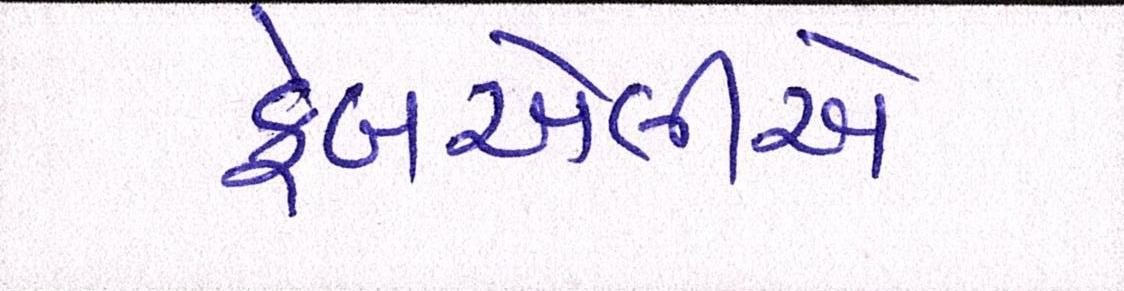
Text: ફેબએલીએ